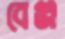
বেঞ্জ